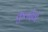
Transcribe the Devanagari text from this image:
कुलदैवों